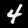
Label: 4